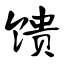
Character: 馈